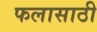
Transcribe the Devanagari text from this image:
फलासाठी